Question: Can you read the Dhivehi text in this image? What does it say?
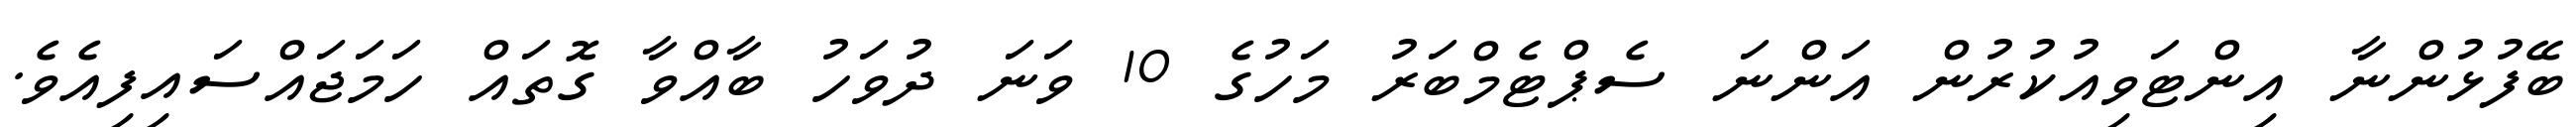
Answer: ބޭފުޅުންނާ އިންޓަވިއުކުރުން އަންނަ ސެޕްޓެމްބަރު މަހުގެ 10 ވަނަ ދުވަހު ބާއްވާ ގޮތައް ހަމަޖައްސައިފިއެވެ.